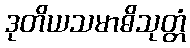
ဒုတိယသမာဓိသုတ္တံ